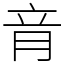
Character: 𦚏